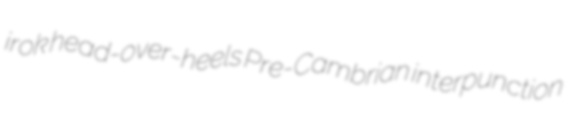
irok head-over-heels Pre-Cambrian interpunction